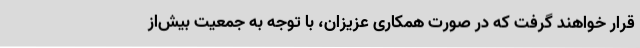
قرار خواهند گرفت که در صورت همکاری عزیزان، با توجه به جمعیت بیش‌از